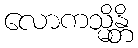
လောကသ္မိန္တိ